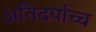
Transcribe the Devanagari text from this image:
अतिदर्पाच्च